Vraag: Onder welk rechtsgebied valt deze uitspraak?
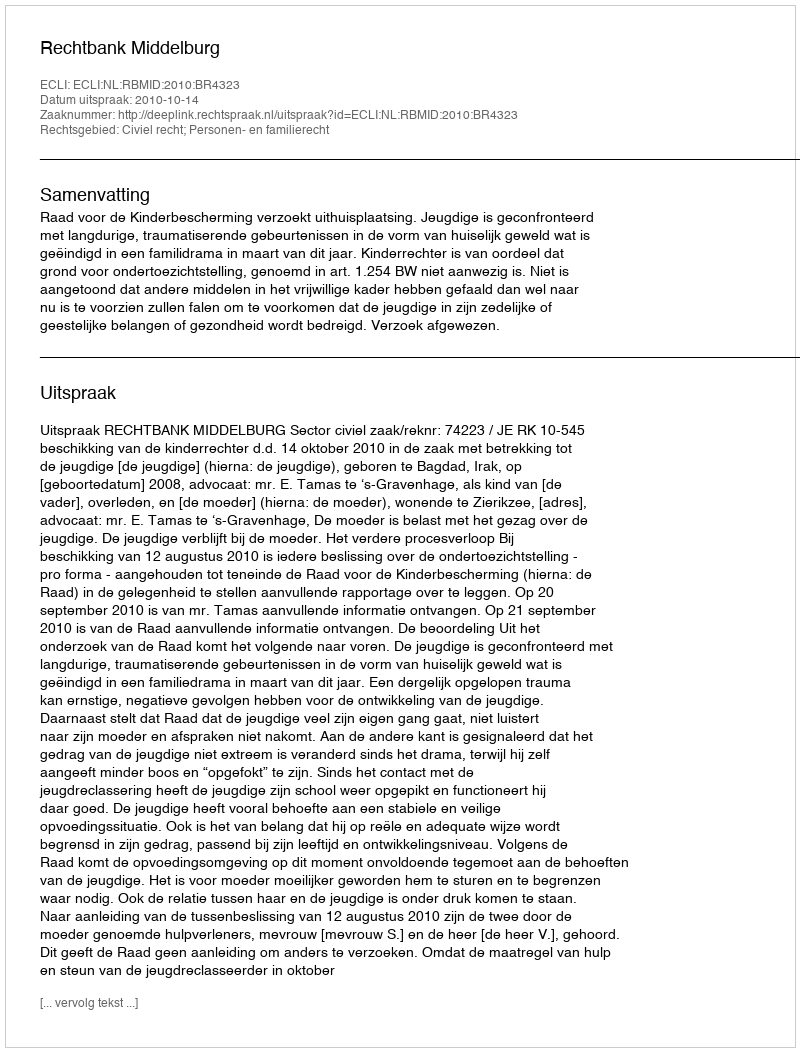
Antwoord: Civiel recht; Personen- en familierecht